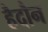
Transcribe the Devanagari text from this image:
हैदौन